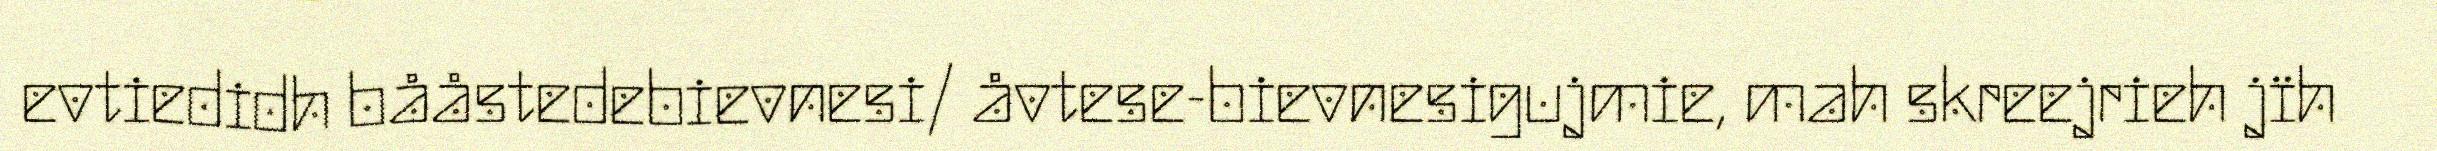
evtiedidh bååstedebievnesi/ åvtese-bievnesigujmie, mah skreejrieh jïh